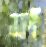
ফ্রাঁ